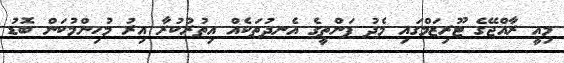
މިއީ ރާއްޖޭގެ ޓޫރިޒަމްގައި މެދު ފަންތީގެ އެނދުތަކެއް އިތުރުކުރާ އިރު މުހިންމުކަން ބޮޑު